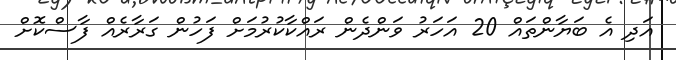
އަދި އެ ބަޔާންތައް 20 އަހަރު ވަންދެން ރައްކާކުރުމަށް ފަހުން ގަރާރެއް ފާސްކޮށް